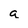
Character: a